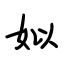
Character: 姒